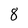
Character: 8